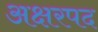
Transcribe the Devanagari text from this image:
अक्षरपद